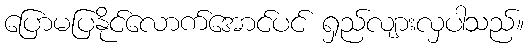
ပြောမပြနိုင်လောက်အောင်ပင် ရှည်လျားလှပါသည်။